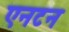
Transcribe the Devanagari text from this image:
एनटन